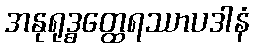
အနုရုဒ္ဓတ္ထေရဿာပဒါနံ